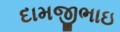
દામજીભાઇ